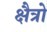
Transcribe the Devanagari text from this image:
क्षैत्रो